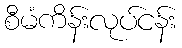
စီမံကိန်းလုပ်ငန်း